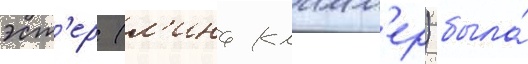
эст'ер (л'ина кламм'ер) была́